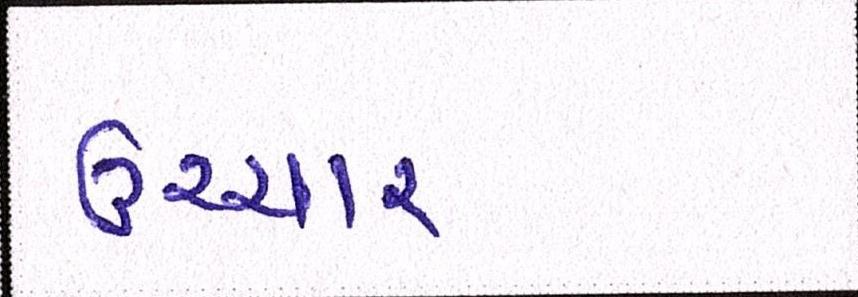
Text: ઉચ્ચાર